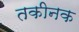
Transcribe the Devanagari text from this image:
तकीनक